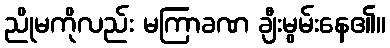
ညိုမကိုလည်း မကြာခဏ ချီးမွမ်းနေ၏။